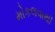
મોકલવાથી